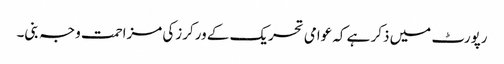
رپورٹ میں ذکر ہے کہ عوامی تحریک کے ورکرزکی مزاحمت وجہ بنی۔